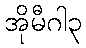
အိုမီဂါ၃